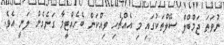
ނުވަތަ ޖަމްބްލް ސޭލްތަކުގައި މި އެއްޗެހި ވިއްކަން ބެހެއްޓީމާ ގަނެގެން ލަނީ އެވެ.